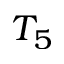
T _ { 5 }